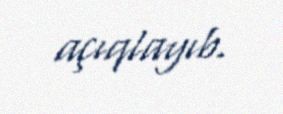
açıqlayıb.